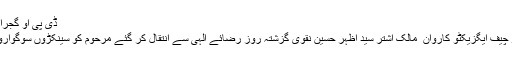
ڈی پی او گجرات نے مسائل کے حل کی یقین دہانی کروائی
گجرات(جی پی آئی) ممتاز مذہبی شخصیت و چیف ایگزیکٹو کاروان ِ مالک اشتر سید اظہر حسین نقوی گزشتہ روز رضائے الٰہی سے انتقال کر گئے مرحوم کو سینکڑوں سوگواروں کی موجودگی میں سپرد خاک کر دیا گیا ۔